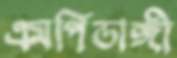
এমপিডাঙ্গী